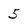
Character: 5